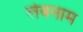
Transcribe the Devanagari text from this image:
लेबनाम